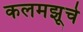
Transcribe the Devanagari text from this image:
कलमझूचे